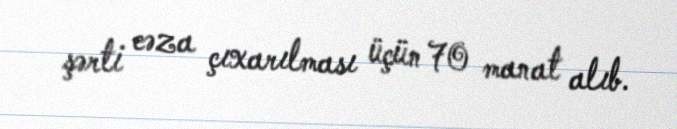
şərti cəza çıxarılması üçün 70 manat alıb.